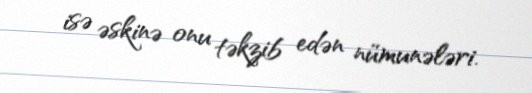
isə əskinə onu təkzib edən nümunələri.